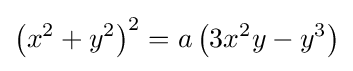
\left(x^{2}+y^{2}\right)^{2}=a\left(3x^{2}y-y^{3}\right)